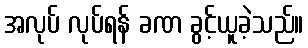
အလုပ် လုပ်ရန် ခဏ ခွင့်ယူခဲ့သည်။